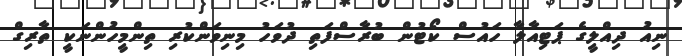
ނިއު ދިއްލީގެ ޕަޓިއާލާ ހައުސް ކޯޓުން ބުރާސްފަތި ދުވަހު މިނިވަންކުރި ތިންމީހުންނަކީ ތާރިގް